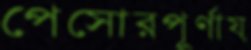
পেসোরপূর্ণায়